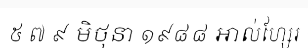
៥ ៧ ៩ មិថុនា ១៩៨៨ អាល់ហ្សែរ